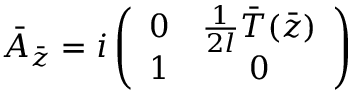
\bar { A } _ { \bar { z } } = i \left( \begin{array} { c c } { { 0 } } & { { { \frac { 1 } { 2 l } } \bar { T } ( \bar { z } ) } } \\ { { 1 } } & { { 0 } } \end{array} \right)